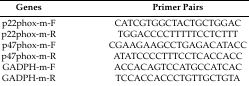
<table><thead><tr><td><b>Genes</b></td><td><b>Primer Pairs</b></td></tr></thead><tbody><tr><td>p22phox-m-F</td><td>CATCGTGGCTACTGCTGGAC</td></tr><tr><td>p22phox-m-R</td><td>TGGACCCCTTTTTCCTCTTT</td></tr><tr><td>p47phox-m-F</td><td>CGAAGAAGCCTGAGACATACC</td></tr><tr><td>p47phox-m-R</td><td>ATATCCCCTTTCCTCACCACC</td></tr><tr><td>GADPH-m-F</td><td>ACCACAGTCCATGCCATCAC</td></tr><tr><td>GADPH-m-R</td><td>TCCACCACCCTGTTGCTGTA</td></tr></tbody></table>